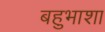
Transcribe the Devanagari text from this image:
बहुभाशा